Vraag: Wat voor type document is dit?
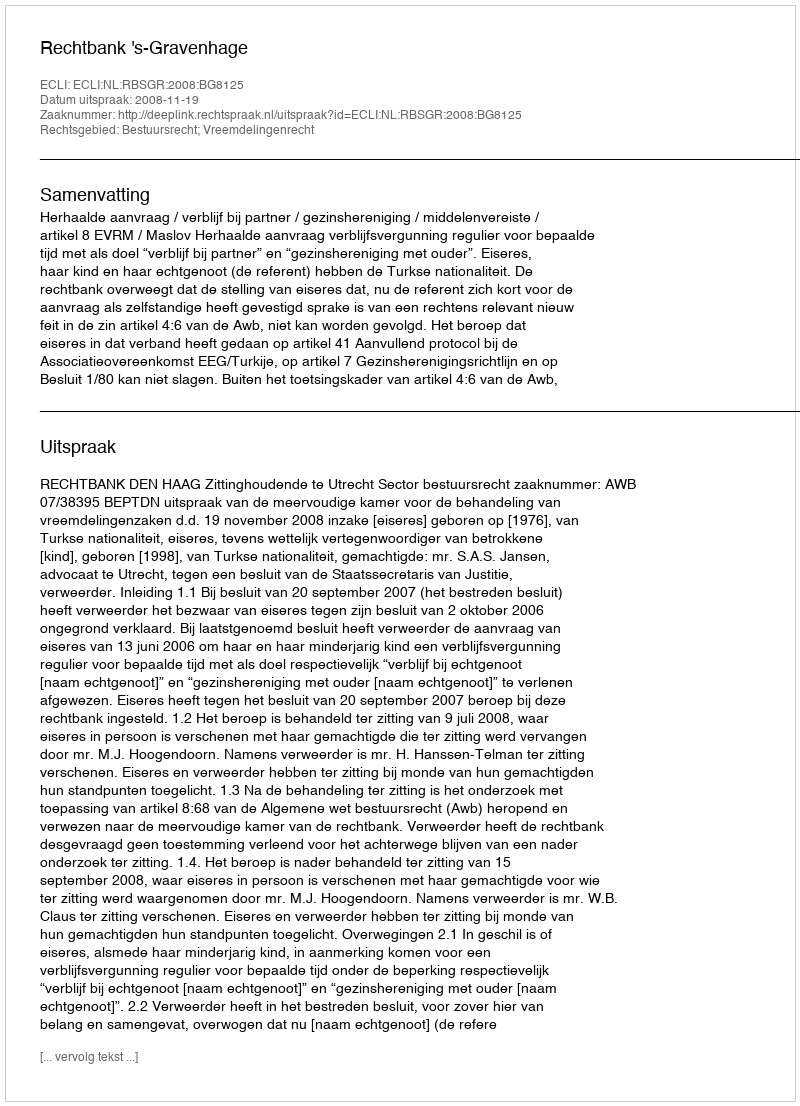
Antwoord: Uitspraak